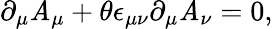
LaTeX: \partial_{\mu}\mathit{A}_{\mu}+\theta\epsilon_{\mu\nu}\partial_{\mu}\mathit{A}_{\nu}=0,